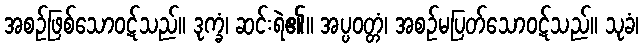
အစဉ်ဖြစ်သောဝဋ်သည်။ ဒုက္ခံ၊ ဆင်းရဲ၏။ အပ္ပဝတ္တံ၊ အစဉ်မပြတ်သောဝဋ်သည်။ သုခံ၊